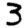
Digit: 3